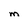
Character: M